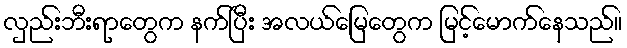
လှည်းဘီးရာတွေက နက်ပြီး အလယ်မြေတွေက မြင့်မောက်နေသည်။